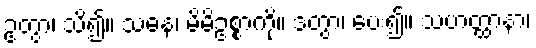
ဥတွာ၊ သိ၍။ သဓနံ၊ မိမိဥစ္စာကို။ ဒတွာ၊ ပေး၍။ သဟတ္ထာနာ၊